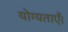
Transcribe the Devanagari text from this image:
योग्यताएँ।